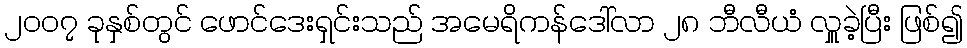
၂၀၀၇ ခုနှစ်တွင် ဖောင်ဒေးရှင်းသည် အမေရိကန်ဒေါ်လာ ၂၈ ဘီလီယံ လှူခဲ့ပြီး ဖြစ်၍